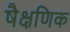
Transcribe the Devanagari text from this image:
षैक्षणिक